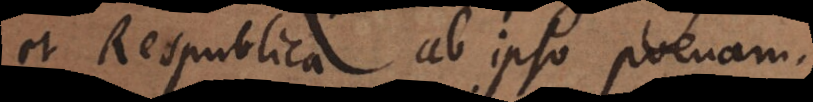
et Respublica ab ipso poenam.